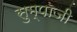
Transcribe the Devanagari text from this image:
सुम्पाजी